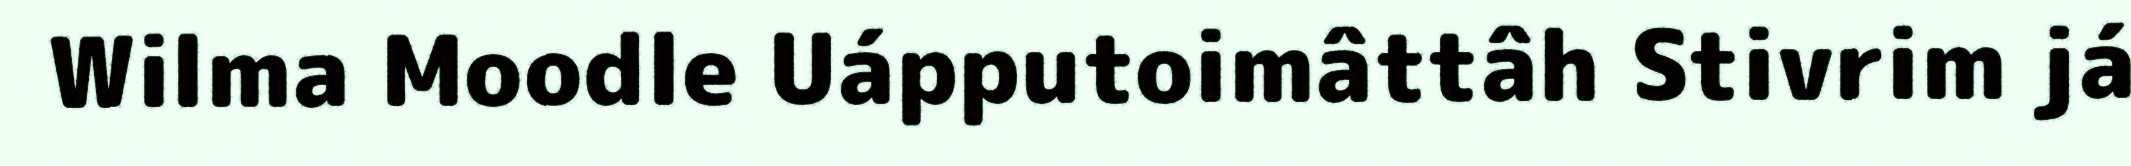
Wilma Moodle Uápputoimâttâh Stivrim já